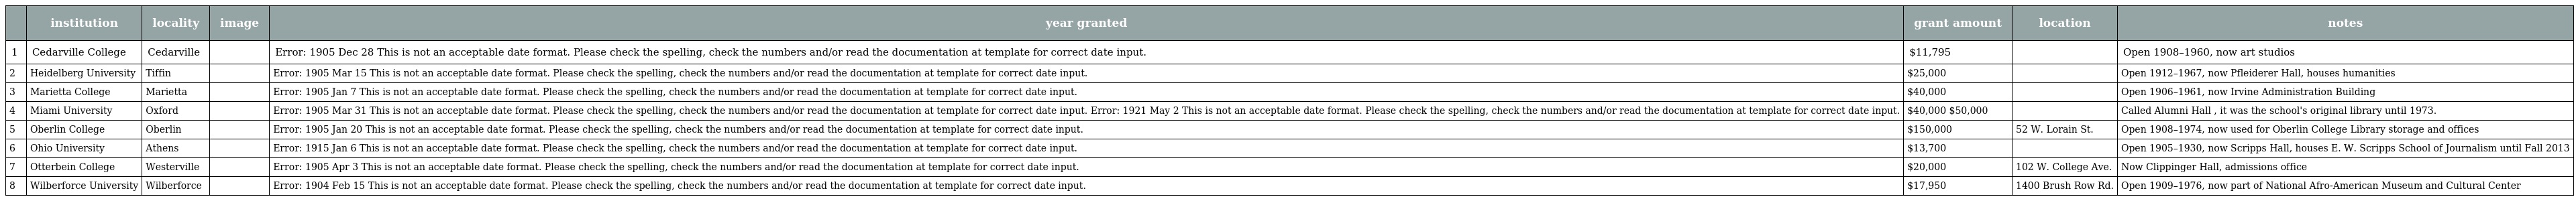
|  | institution | locality | image | year granted | grant amount | location | notes |
 | --- | --- | --- | --- | --- | --- | --- | --- |
 | 1 | Cedarville College | Cedarville |  | Error: 1905 Dec 28 This is not an acceptable date format. Please check the spelling, check the numbers and/or read the documentation at template for correct date input. | $11,795 |  | Open 1908–1960, now art studios |
 | 2 | Heidelberg University | Tiffin |  | Error: 1905 Mar 15 This is not an acceptable date format. Please check the spelling, check the numbers and/or read the documentation at template for correct date input. | $25,000 |  | Open 1912–1967, now Pfleiderer Hall, houses humanities |
 | 3 | Marietta College | Marietta |  | Error: 1905 Jan 7 This is not an acceptable date format. Please check the spelling, check the numbers and/or read the documentation at template for correct date input. | $40,000 |  | Open 1906–1961, now Irvine Administration Building |
 | 4 | Miami University | Oxford |  | Error: 1905 Mar 31 This is not an acceptable date format. Please check the spelling, check the numbers and/or read the documentation at template for correct date input. Error: 1921 May 2 This is not an acceptable date format. Please check the spelling, check the numbers and/or read the documentation at template for correct date input. | $40,000 $50,000 |  | Called Alumni Hall , it was the school's original library until 1973. |
 | 5 | Oberlin College | Oberlin |  | Error: 1905 Jan 20 This is not an acceptable date format. Please check the spelling, check the numbers and/or read the documentation at template for correct date input. | $150,000 | 52 W. Lorain St. | Open 1908–1974, now used for Oberlin College Library storage and offices |
 | 6 | Ohio University | Athens |  | Error: 1915 Jan 6 This is not an acceptable date format. Please check the spelling, check the numbers and/or read the documentation at template for correct date input. | $13,700 |  | Open 1905–1930, now Scripps Hall, houses E. W. Scripps School of Journalism until Fall 2013 |
 | 7 | Otterbein College | Westerville |  | Error: 1905 Apr 3 This is not an acceptable date format. Please check the spelling, check the numbers and/or read the documentation at template for correct date input. | $20,000 | 102 W. College Ave. | Now Clippinger Hall, admissions office |
 | 8 | Wilberforce University | Wilberforce |  | Error: 1904 Feb 15 This is not an acceptable date format. Please check the spelling, check the numbers and/or read the documentation at template for correct date input. | $17,950 | 1400 Brush Row Rd. | Open 1909–1976, now part of National Afro-American Museum and Cultural Center |